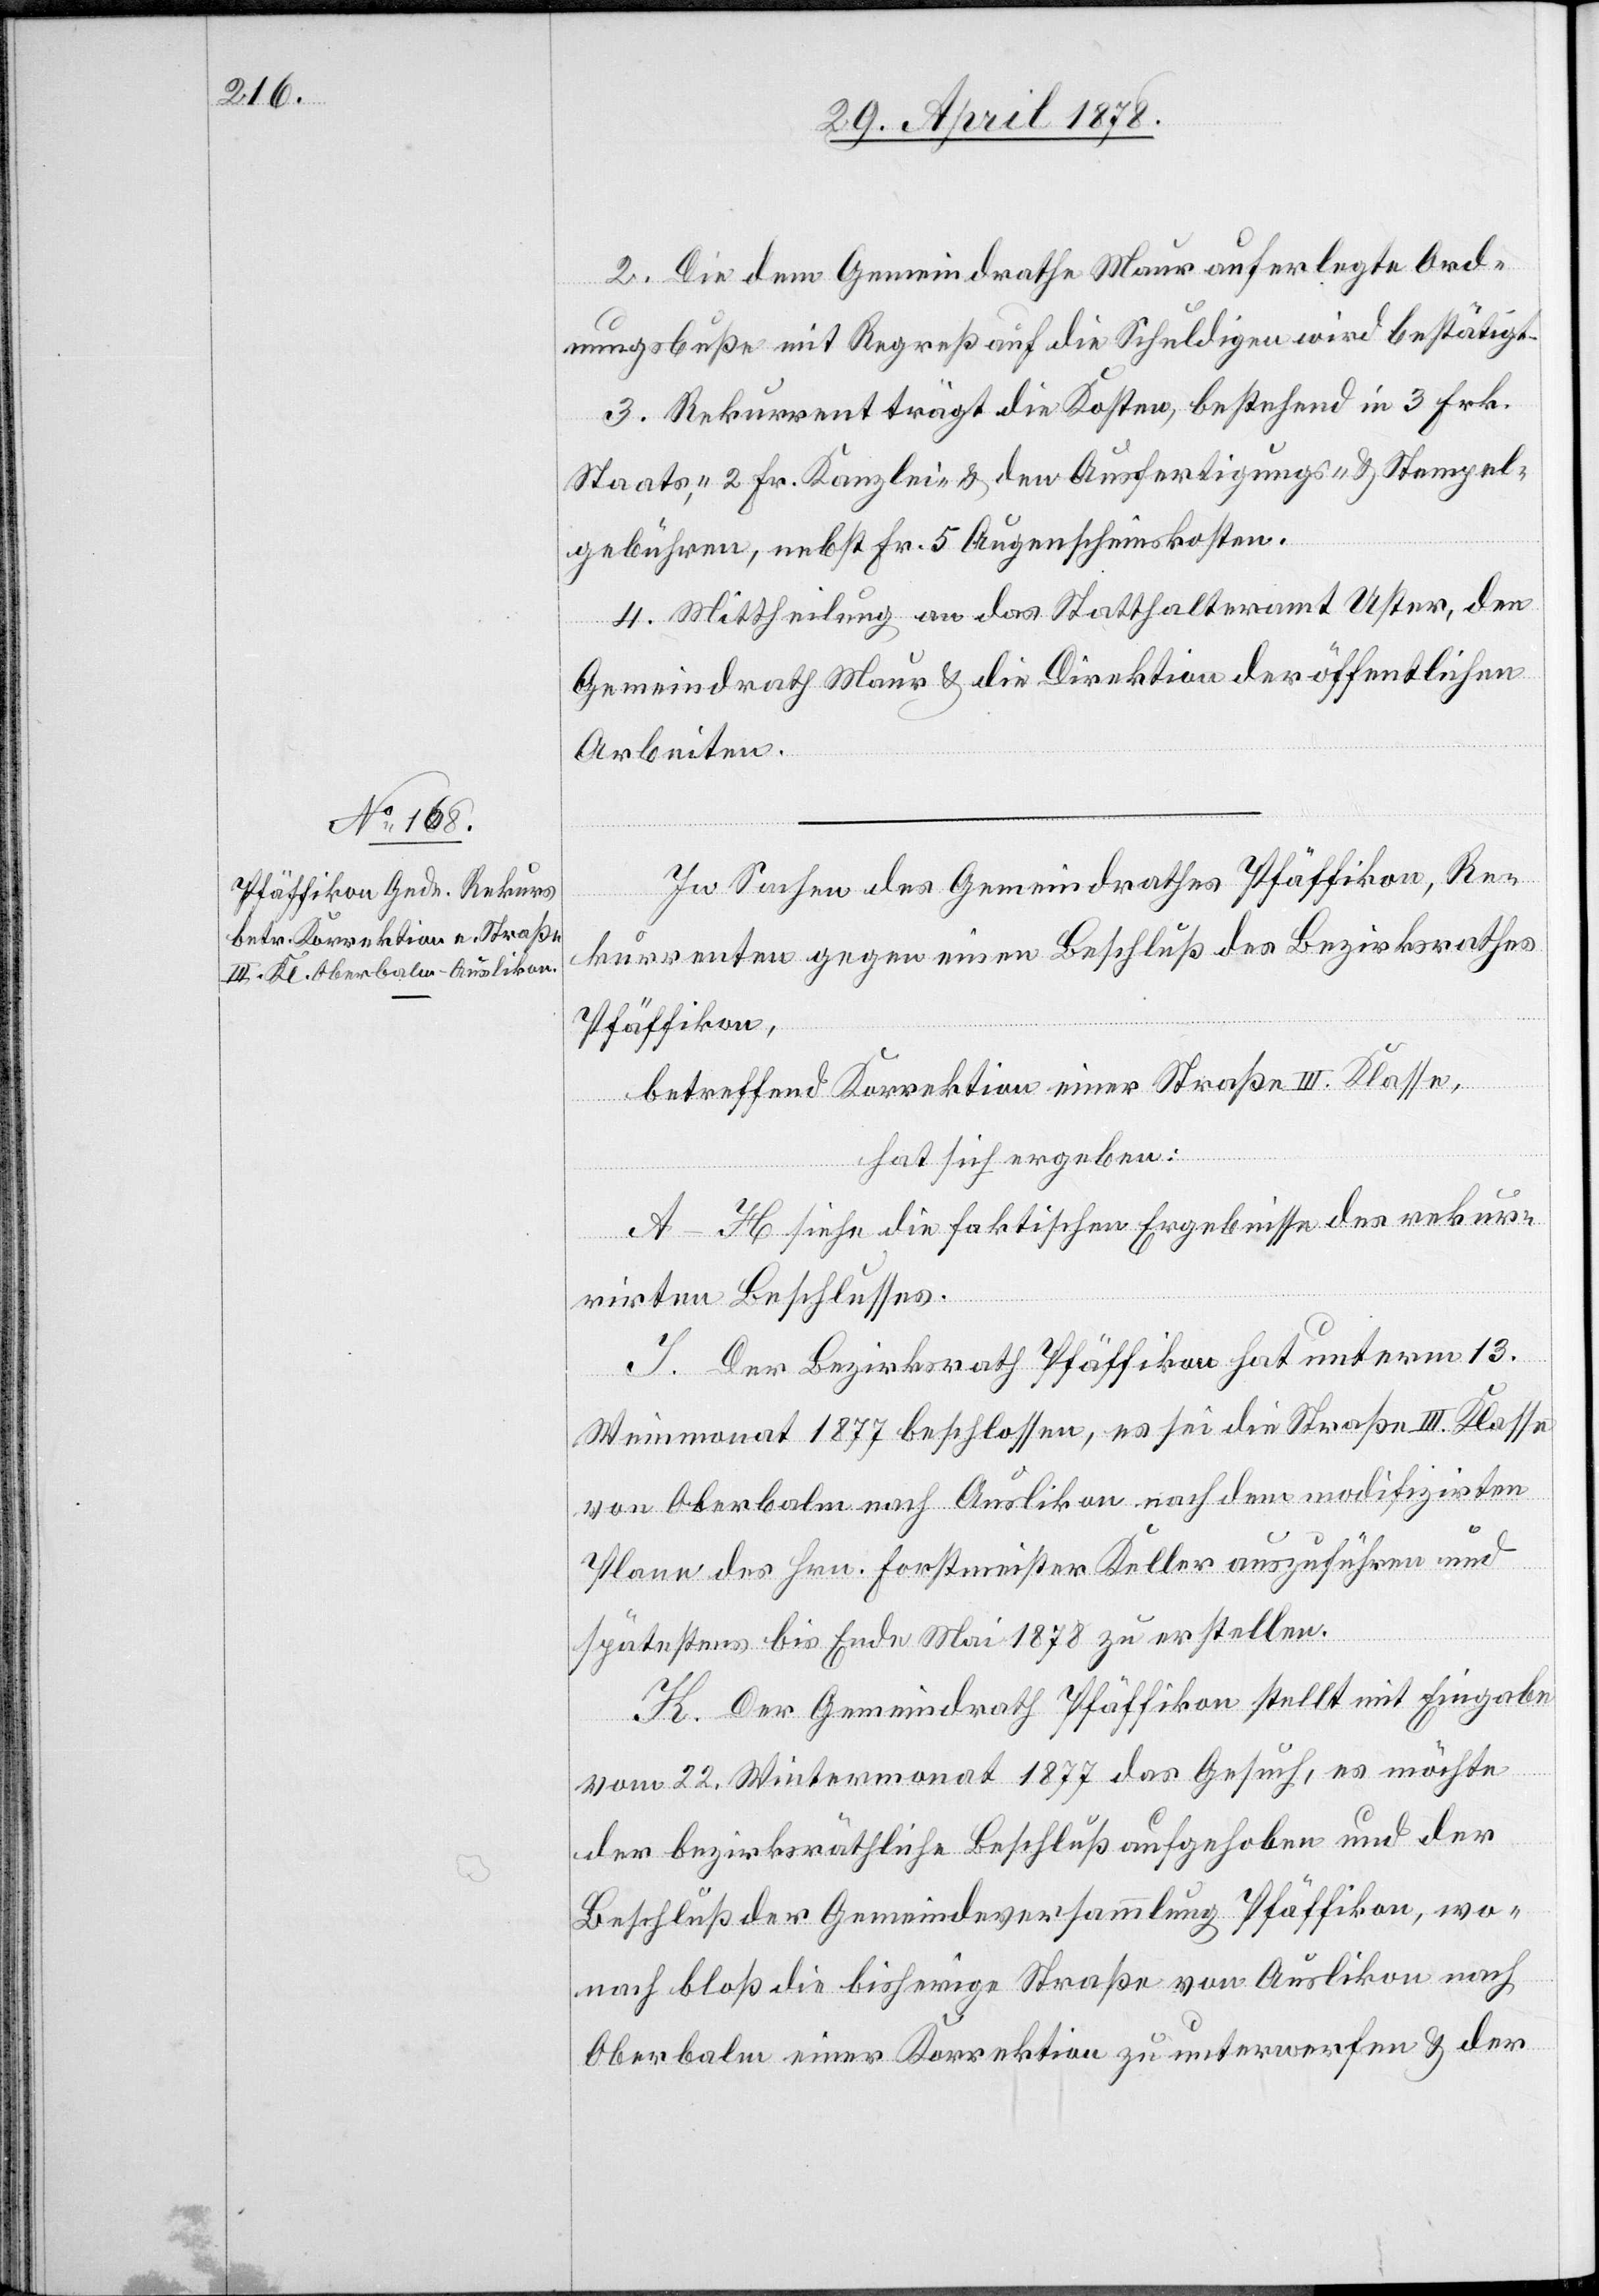
2. Die dem Gemeindrathe Maur auferlegte Ord¬
nungsbuße mit Regreß auf die Schuldigen wird bestätigt.
3. Rekurrent trägt die Kosten, bestehend in 3 Frk.
Staats-, 2 Frk. Kanzlei- & den Ausfertigungs- & Stempel¬
gebühren, nebst Fr. 5 Augenscheinskosten.
4. Mittheilung an das Statthalteramt Uster, den
Gemeindrath Maur & die Direktion der öffentlichen
Arbeiten.
In Sachen des Gemeindrathes Pfäffikon, Re¬
kurrenten gegen einen Beschluß des Bezirksrathes
Pfäffikon,
betreffend Korrektion einer Straße III. Klasse,
hat sich ergeben:
A–H siehe die faktischen Ergebnisse des rekur¬
rirten Beschlusses.
I. Der Bezirksrath Pfäffikon hat unterm 13.
Weinmonat 1877 beschlossen, es sei die Straße III. Klasse
von Oberbalm nach Auslikon nach dem modifizirten
Plane des Hrn. Forstmeister Keller auszuführen und
spätestens bis Ende Mai 1878 zu erstellen.
K. Der Gemeindrath Pfäffikon stellt mit Eingabe
vom 22. Wintermonat 1877 das Gesuch, es möchte
der bezirksräthliche Beschluß aufgehoben und der
Beschluß der Gemeindeversammlung Pfäffikon, wo¬
nach bloß die bisherige Straße von Auslikon nach
Oberbalm einer Korrektion zu unterwerfen & der